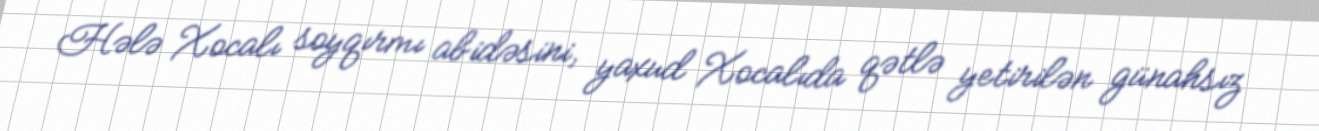
Hələ Xocalı soyqırmı abidəsini, yaxud Xocalıda qətlə yetirilən günahsız